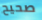
صحيح